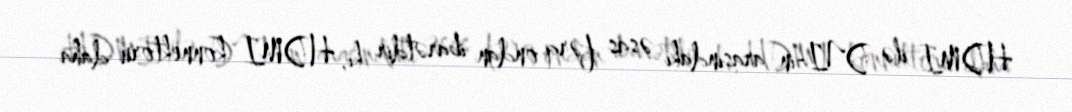
HDMI ilə DVI-in arasındakı əsas fərq ondan ibarətdir ki, HDMI konnektoru daha